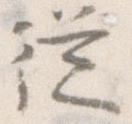
従